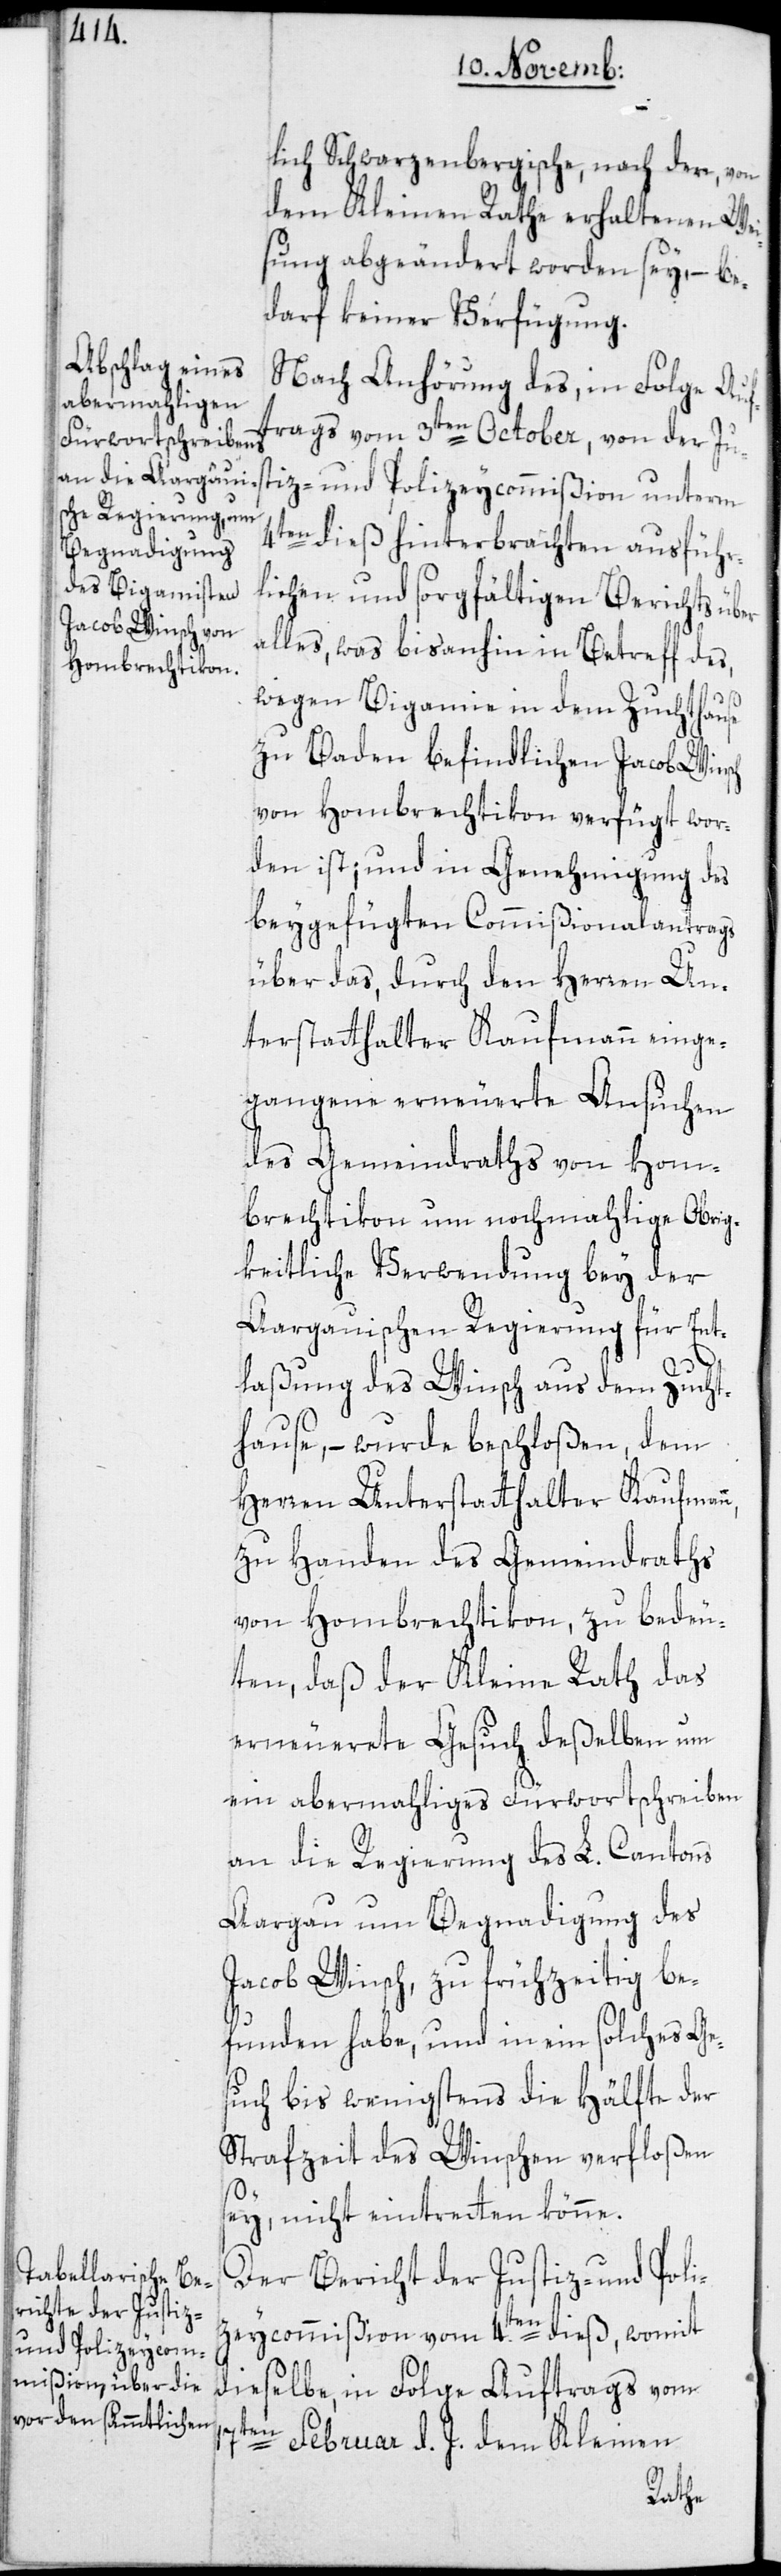
lich Schwarzenbergische, nach der, von
dem Kleinen Rathe erhaltenen Wei¬
sung abgeänderet worden sey, – be¬
darf keiner Verfügung.
Nach Anhörung des, in Folge Auf¬
trags vom 3ten October, von der Ju¬
stiz- und Polizeycommißion unterm
4ten dieß hinterbrachten ausführ¬
lichen und sorgfältigen Berichts über
alles, was bisanhin in Betreff des,
wegen Bigamie in dem Zuchthause
zu Baden befindlichen Jacob Winsch
von Hombrechtikon verfügt wor¬
den ist; und in Genehmigung des
beygefügten Commißionalantrags
über das, durch den Herren Un¬
terstatthalter Kaufmann einge¬
gangene erneuerte Ansuchen
des Gemeindraths von Hom¬
brechtikon um nochmahlige Obrig¬
keitliche Verwendung bey der
Aargauischen Regierung für Ent¬
17t¬
laßung des Winsch aus dem Zucht¬
hause, – wurde beschloßen, dem
Herren Unterstatthalter Kaufman¬
zu Handen des Gemeindraths
von Hombrechtikon, zu bedeu¬
ten, daß der Kleine Rath das
erneuerete Gesuch deßelben um
ein abermahliges Fürwortschreiben
an die Regierung des L. Cantons
Aargau um Begnadigung des
Jacob Winsch, zu frühzeitig be¬
funden habe, und in ein solches Ge¬
such bis wenigstens die Hälfte der
Strafzeit des Winschen verfloßen
sey, nicht eintretten könne.
Der Bericht der Justiz- und Poli¬
zeycommißion vom 4.ten dieß, womit
dieselbe, in Folge Auftrags vom
en Februar d. J. dem Kleinen